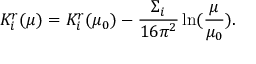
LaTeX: K _ { i } ^ { r } ( \mu ) = K _ { i } ^ { r } ( \mu _ { 0 } ) - \frac { \Sigma _ { i } } { 1 6 \pi ^ { 2 } } \ln ( \frac { \mu } { \mu _ { 0 } } ) .